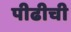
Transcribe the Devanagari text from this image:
पीढीची